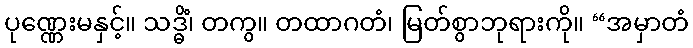
ပုဏ္ဏေးမနှင့်။ သဒ္ဓိံ၊ တကွ။ တထာဂတံ၊ မြတ်စွာဘုရားကို။ “အမှာတံ